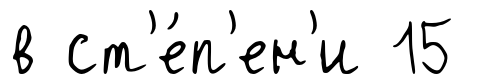
в ст'е́п'ен'и 15